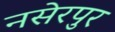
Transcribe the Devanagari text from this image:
नसेरपुर